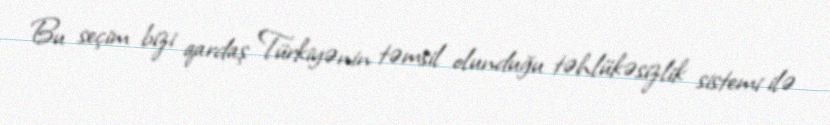
Bu seçim bizi qardaş Türkiyənin təmsil olunduğu təhlükəsizlik sistemi ilə